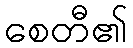
စေတီ၏